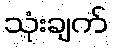
သုံးချက်